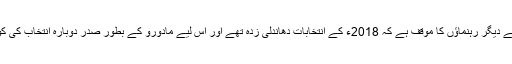
گوئیڈو اور حزبِ اختلاف کے دیگر رہنماؤں کا موقف ہے کہ 2018ء کے انتخابات دھاندلی زدہ تھے اور اس لیے مادورو کے بطور صدر دوبارہ انتخاب کی کوئی قانونی حیثیت نہیں ہے۔